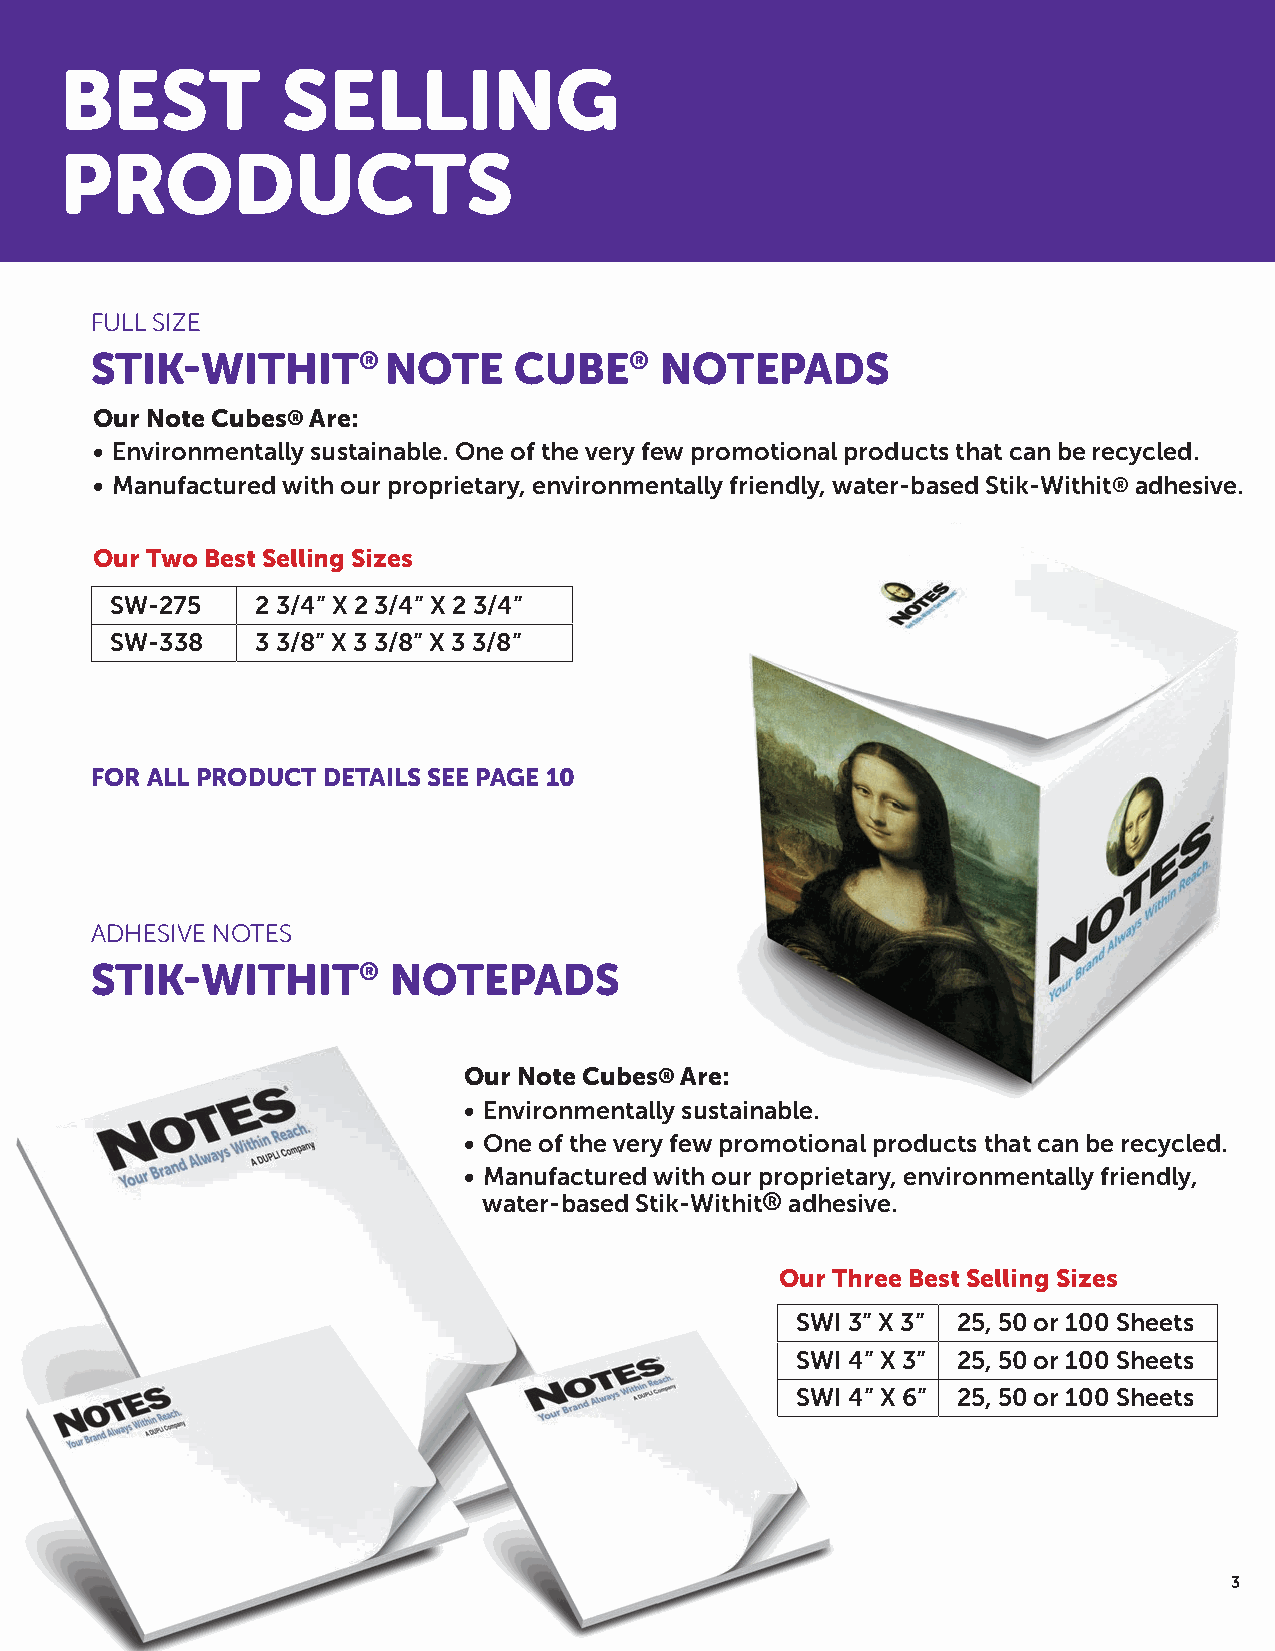
BEST           SELLING
 PRODUCTS
 FULL SIZE
 STIK-WITHIT®        NOTE    CUBE®     NOTEPADS
 Our Note Cubes® Are:
 • Environmentally sustainable. One of the very few promotional products that can be recycled.
 • Manufactured with our proprietary, environmentally friendly, water-based Stik-Withit® adhesive.
 Our Two Best Selling Sizes
 SW-275    2 3/4” X 2 3/4” X 2 3/4”
 SW-338    3 3/8” X 3 3/8” X 3 3/8”
 FOR ALL PRODUCT DETAILS SEE PAGE 10
 ADHESIVE NOTES
 STIK-WITHIT®        NOTEPADS
 Our Note Cubes® Are:
 • Environmentally sustainable.
 • One of the very few promotional products that can be recycled.
 • Manufactured with our proprietary, environmentally friendly,
 water-based Stik-Withit® adhesive.
 Our Three Best Selling Sizes
 SWI 3” X 3” 25, 50 or 100 Sheets
 SWI 4” X 3” 25, 50 or 100 Sheets
 SWI 4” X 6” 25, 50 or 100 Sheets
 3